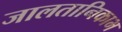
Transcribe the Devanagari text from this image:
जालतानिकाभ